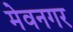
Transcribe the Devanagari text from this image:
मेवनगर